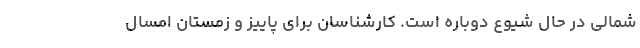
شمالی در حال شیوع دوباره است. کارشناسان برای پاییز و زمستان امسال